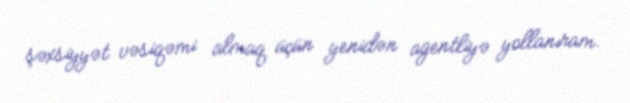
şəxsiyyət vəsiqəmi almaq üçün yenidən agentliyə yollanıram.